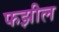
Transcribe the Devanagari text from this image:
फझील